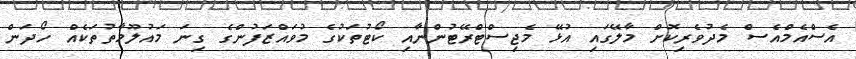
އެސްއެމްއެސް މެދުވެރިކޮށް މާލޭގައި އުޅޭ މެޖިސްޓްރޭޓުންނާއި ކޯޓުތަކުގެ މުވައްޒަފުންގެ ގިނަ މައުލޫމާތުތަކެއް ހޯދަން